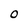
Character: O